Report on enteric fever
Disease focus: Fever
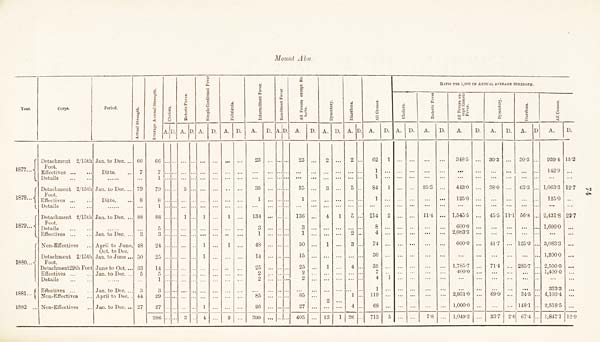
Mount Abu.
Year.
Corps.
Period.
Actual Strength. Average Annual Strength.
Cholera. Enteric Fever. Simple Continued Fever Febricula. Intermittent Fever. Remittent Fever. All Fevers ex
RATIO PER 1,000 ON ANNUAL AVERAGE STRENGTH.
Cholera. Enteric Fever All Fevers except Enteric Fever. Dysentry. Diarrhœa. All Causes.
A. D. A. D. A. D. A. D.
A.
D. A. D. A.
D. A. D. A. D. A.
D. A. D. A.
D.
A.
D.
A.
D. A. D
A.
D.
1877
1878
1879
1880
1881
1882
Detachment 2/15th
Foot.
Effectives
Details
Detachment 2/15th
Foot.
Effectives
Details
Detachment 2/15th
Foot.
Details
Effectives
Non-Effectives
Detachment 2/15th
Foot.
Detachment29th Foot
Effectives
Details
Effectives
Non-Effectives
Non-Effectives
Jan. to Dec.
Ditto.
Jan. to Dec.
Ditto.
Jan. to Dec.
Jan. to Dec.
April to June,
Oct. to Dec.
Jan. to June
June to Oct.
Jan. to Dec.
Jan. to Dec.
April to Dec.
Jan. to Dec.
66
7
79
8
88
3
48
50
33
5
3
44
27
66
7
1
79
8
1
88
5
3
24
25
14
5
1
3
29
27
386
2
1
3
1
1
1
1
4
1
1
2
23
35
1
134
3
1
48
14
25
2
2
85
26
399
23
35
1
136
3
1
50
15
25
2
2
85
27
405
2
3
4
1
1
2
13
1
1
2
5
5
2
3
4
1
4
26
62
1
1
84
1
214
8
4
74
30
35
7
4
1
119
68
713
1
1
2
1
5
25.3
11.4
7.8
348.5
443.0
125.0
1,545.5
600.0
2,083.3
600.0
1,785.7
400.0
2,931.0
1,000.0
1,049.2
30.3
38.0
45.5
41.7
71.4
69.0
33.7
11.1
2.6
30.3
63.3
56.8
125.0
285.7
34.5
148.1
67.4
939.4
142.9
1,063.3
125.0
2,431.8
1,600.0
3,083.3
1,200.0
2,500.0
1,400.0
333.3
4,103.4
2,518.5
1,847.1
15.2
12.7
22.7
12.9
74